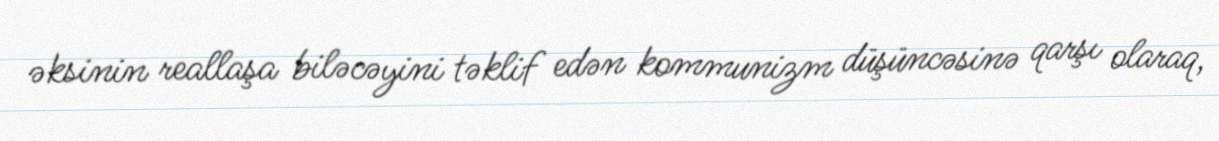
əksinin reallaşa biləcəyini təklif edən kommunizm düşüncəsinə qarşı olaraq,